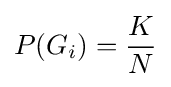
P(G_{i})={\frac {K}{N}}